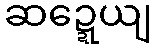
ဆဍ္ဍေယျ